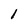
Character: 1